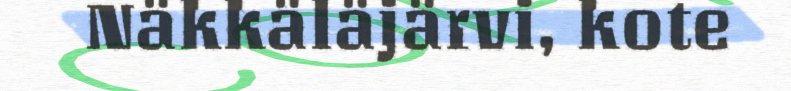
Näkkäläjärvi, kote